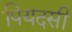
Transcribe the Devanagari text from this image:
पियदसी